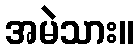
အမဲသား။